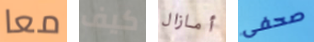
معا كيف أمازال صحفى